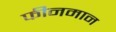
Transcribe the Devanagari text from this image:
फीनमान